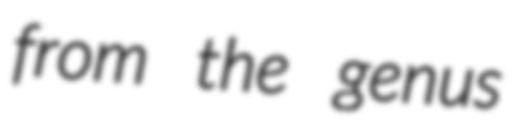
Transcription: from the genus